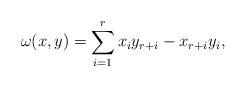
LaTeX: \begin{align*}\omega(x,y)=\sum_{i=1}^r x_iy_{r+i}-x_{r+i}y_i,\end{align*}